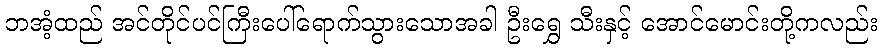
ဘအံ့ထည် အင်တိုင်ပင်ကြီးပေါ်ရောက်သွားသောအခါ ဦးရွှေ သီးနှင့် အောင်မောင်းတို့ကလည်း